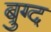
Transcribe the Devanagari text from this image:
बुग्द